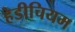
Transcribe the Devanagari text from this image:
हेडीचियम